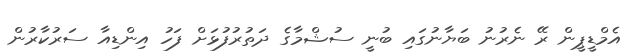
އެމްޑީޕީން ރޭ ނެރުނު ބަޔާނުގައި ބުނީ ސުޝްމާގެ ދަތުރުފުޅަށް ފަހު އިންޑިއާ ސަރުކާރުން